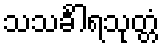
သသင်္ခါရသုတ္တံ